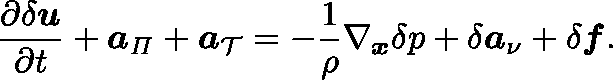
\frac { \partial \delta \boldsymbol { u } } { \partial t } + \boldsymbol { a } _ { \mathit { \Pi } } + \boldsymbol { a } _ { \mathcal { T } } = - \frac { 1 } { \rho } \nabla _ { \boldsymbol { x } } \delta p + \delta \boldsymbol { a } _ { \nu } + \delta \boldsymbol { f } .